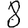
Digit: 8